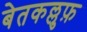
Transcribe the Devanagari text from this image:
बेतकल्लुफ़